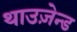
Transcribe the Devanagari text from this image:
थाउज़ेन्ड